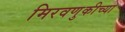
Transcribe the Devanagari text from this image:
मिरवणुकीच्या